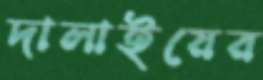
দালাইয়ের